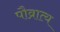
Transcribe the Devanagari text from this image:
पौव्रात्य